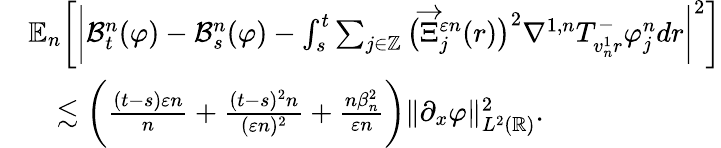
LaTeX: \begin{array}{rl}&{\mathbb{E}_{n}\bigg[\bigg|\mathcal{B}_{t}^{n}(\varphi)-\mathcal{B}_{s}^{n}(\varphi)-\int_{s}^{t}\sum_{j\in\mathbb{Z}}\big(\overrightarrow{\Xi}_{j}^{\varepsilon n}(r)\big)^{2}\nabla^{1,n}T_{v_{n}^{1}r}^{-}\varphi_{j}^{n}dr\bigg|^{2}\bigg]}\\ &{\quad\lesssim\bigg(\frac{(t-s)\varepsilon n}{n}+\frac{(t-s)^{2}n}{(\varepsilon n)^{2}}+\frac{n\beta_{n}^{2}}{\varepsilon n}\bigg)\| \partial_{x}\varphi\| _{L^{2}(\mathbb{R})}^{2}.}\end{array}